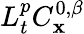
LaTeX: L_{t}^{p}C_{\mathbf{x}}^{0,\beta}